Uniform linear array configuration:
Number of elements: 12
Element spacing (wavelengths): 0.75
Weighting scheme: cosine
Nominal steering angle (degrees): -30
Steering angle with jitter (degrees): -28.985
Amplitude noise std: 0.05
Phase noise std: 0.05

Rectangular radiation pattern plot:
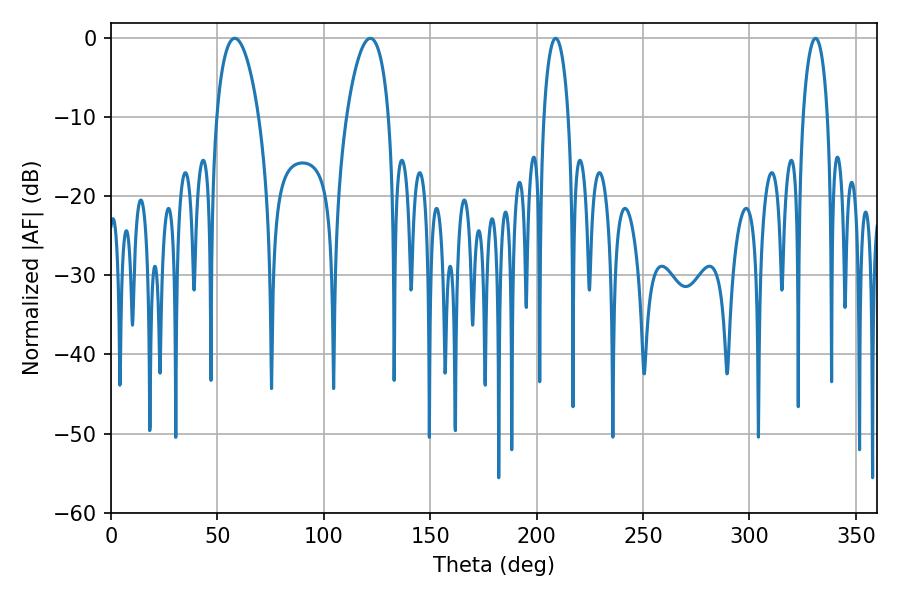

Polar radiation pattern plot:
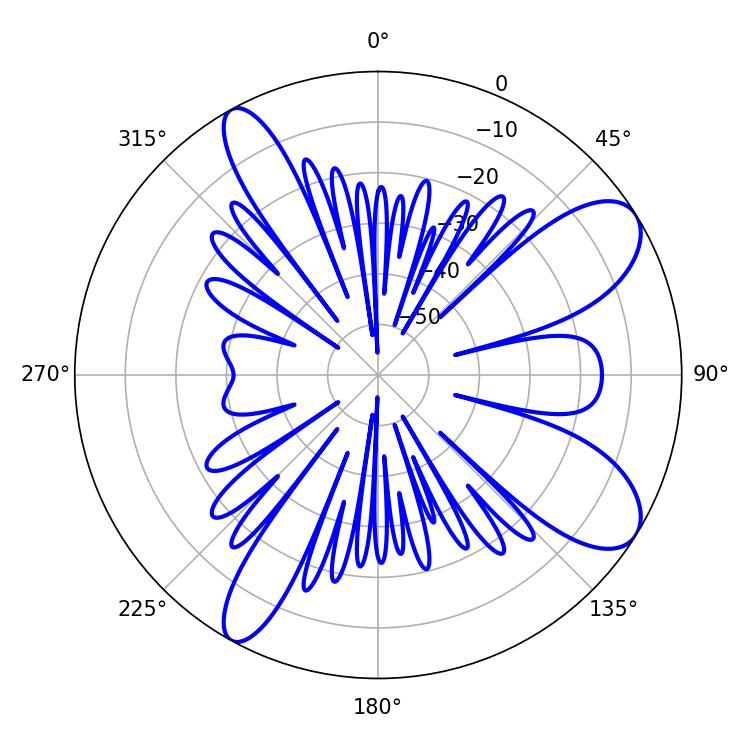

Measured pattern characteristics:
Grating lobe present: TRUE
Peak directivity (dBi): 9.24
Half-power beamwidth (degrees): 11.34
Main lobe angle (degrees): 58.14